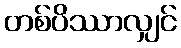
တစ်ပိဿာလျှင်